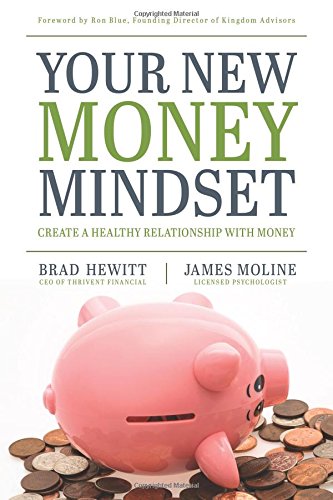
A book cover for Your New Money Mindset: Create a Healthy Relationship with Money; Brad Hewitt; Christian Books & Bibles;